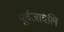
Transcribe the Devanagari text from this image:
पूर्वजावलि